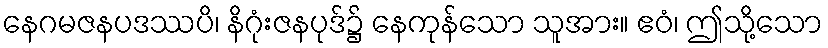
နေဂမဇနပဒဿပိ၊ နိဂုံးဇနပုဒ်၌ နေကုန်သော သူအား။ ဧဝံ၊ ဤသို့သော